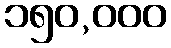
၁၅၀,၀၀၀